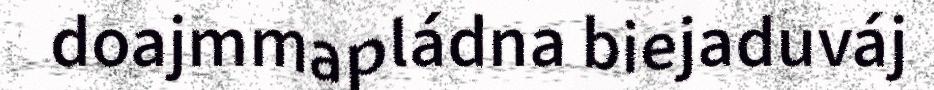
doajmmapládna biejaduváj